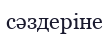
сәздеріне